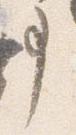
事